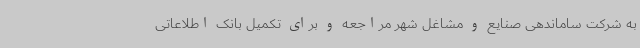
به شرکت ساماندهی صنایع و مشاغل شهر مراجعه و برای تکمیل بانک اطلاعاتی